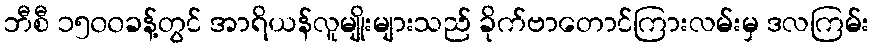
ဘီစီ ၁၅၀၀ခန့်တွင် အာရိယန်လူမျိုးများသည် ခိုက်ဗာတောင်ကြားလမ်းမှ ဒလကြမ်း